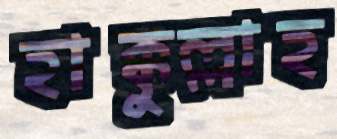
হাক্কুল্লাহ